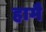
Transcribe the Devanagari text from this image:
हामै